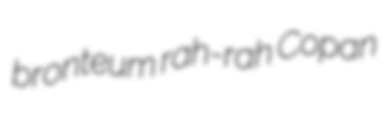
bronteum rah-rah Copan